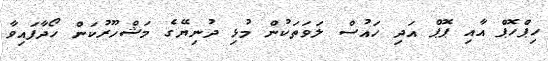
ހިޕްހޮޕް އާއި ޕޮޕް އަދި ހައުސް ލަވަތަކުން މުޅި ދުނިޔޭގެ މަޝްހޫރުކަން ހޯދާފައިވާ